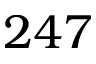
2 4 7